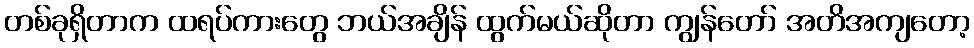
တစ်ခုရှိတာက ထရပ်ကားတွေ ဘယ်အချိန် ထွက်မယ်ဆိုတာ ကျွန်တော် အတိအကျတော့